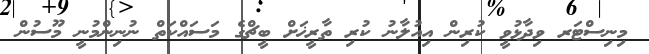
މިނިސްޓަރ ވިދާޅުވީ ކުރިން އިއުލާނު ކުރި ތާރީޚަށް ބީޗްގެ މަަސައްކަތް ނުނިންމުނީ މޫސުން